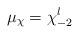
LaTeX: \begin{align*}\mu_\chi = \chi^l_{-2}\end{align*}